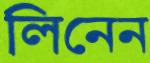
লিনেন